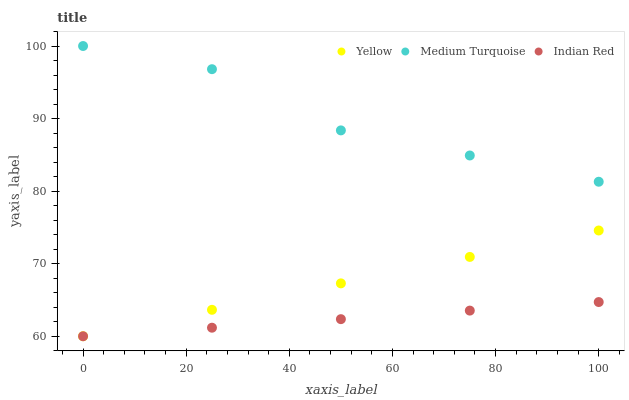
| xaxis_label | Yellow | Medium Turquoise | Indian Red |
 | --- | --- | --- | --- |
 | 0 | 60 | 100 | 60 |
 | 25 | 63.6 | 96.8 | 61.2 |
 | 50 | 67.3 | 88.4 | 62.4 |
 | 75 | 70.9 | 84.9 | 63.5 |
 | 100 | 74.6 | 81.3 | 64.7 |